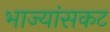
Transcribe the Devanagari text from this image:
भाज्यांसकट